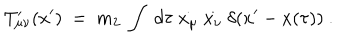
T _ { \mu \nu } ^ { \prime } ( x ^ { \prime } ) ~ = ~ m _ { 2 } ~ \int ~ d \tau ~ \dot { x _ { \mu } } ~ \dot { x _ { \nu } } ~ \delta ( x ^ { \prime } - x ( \tau ) ) ~ .